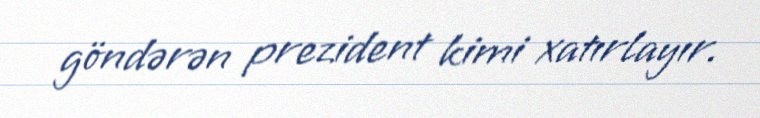
göndərən prezident kimi xatırlayır.